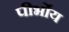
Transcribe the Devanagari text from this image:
पीर्भोय